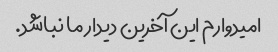
امیدوارم این آخرین دیدار ما نباشد.